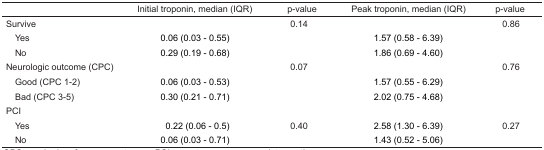
|  | Initial troponin, median (IQR) | p-value | Peak troponin, median (IQR) | p-value |
 | --- | --- | --- | --- | --- |
 | Survive |  | 0.14 |  | 0.86 |
 | Yes | 0.06 (0.03 – 0.55) |  | 1.57 (0.58 – 6.39) |  |
 | No | 0.29 (0.19 – 0.68) |  | 1.86 (0.69 – 4.60) |  |
 | Neurologic outcome (CPC) |  | 0.07 |  | 0.76 |
 | Good (CPC 1–2) | 0.06 (0.03 – 0.53) |  | 1.57 (0.55 – 6.29) |  |
 | Bad (CPC 3–5) | 0.30 (0.21 – 0.71) |  | 2.02 (0.75 – 4.68) |  |
 | PCI |  |  |  |  |
 | Yes | 0.22 (0.06 – 0.5) | 0.40 | 2.58 (1.30 – 6.39) | 0.27 |
 | No | 0.06 (0.03 – 0.71) |  | 1.43 (0.52 – 5.06) |  |